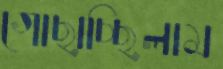
গোছাচ্ছিলাম